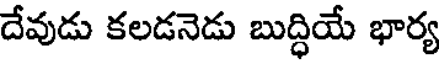
దేవుడు కలడనెడు బుద్ధియే భార్య